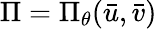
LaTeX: \Pi=\Pi_{\theta}(\bar{u},\bar{v})